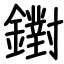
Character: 鑆